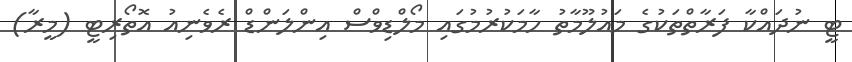
ޓީ ނުދައްކާ ފަރާތްތަކުގެ މައުލޫމާތު ހާމަކުރުމުގައި މޯލްޑިވްސް އިންލަންޑް ރެވެނިއު އޮތޯރިޓީ (މީރާ)